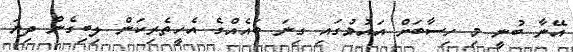
އޭނާ ބުނީ މި ހިސާބަށް އައުމުގައި ގިނަ ބައެއްގެ އެހީތެރިކަން ލިބިގެން ދިޔަ